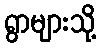
ရွာများသို့